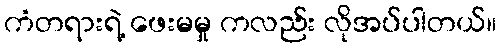
ကံတရားရဲ့ ဖေးမမှု ကလည်း လိုအပ်ပါတယ်။